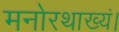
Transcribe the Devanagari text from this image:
मनोरथाख्यं।